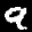
Label: 9